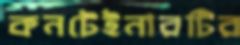
কনটেইনারটির